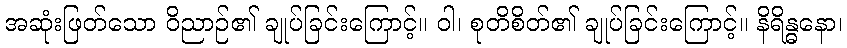
အဆုံးဖြတ်သော ဝိညာဉ်၏ ချုပ်ခြင်းကြောင့်။ ဝါ၊ စုတိစိတ်၏ ချုပ်ခြင်းကြောင့်။ နိရိန္ဓနော၊